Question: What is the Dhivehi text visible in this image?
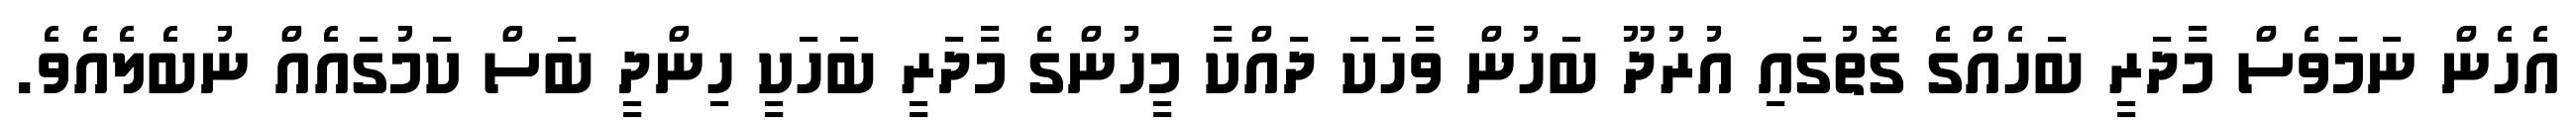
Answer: އެހެން ނަމަވެސް މާދަރީ ބަހެއްގެ ގޮތުގައި އުރުދޫ ބަހުން ވާހަކަ ދައްކާ މީހުންގެ މާދަރީ ބަހަކީ ހިންދީ ބަސް ކަމުގައެއް ނުބެލެއެވެ.